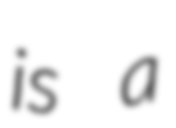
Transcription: is a